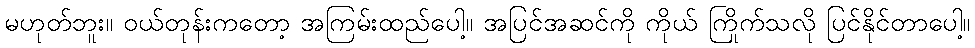
မဟုတ်ဘူး။ ဝယ်တုန်းကတော့ အကြမ်းထည်ပေါ့။ အပြင်အဆင်ကို ကိုယ် ကြိုက်သလို ပြင်နိုင်တာပေါ့။